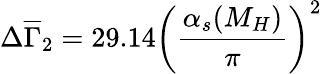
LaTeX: \Delta\overline{{{\Gamma}}}_{2}=29.14\bigg(\frac{\alpha_{s}(M_{H})}{\pi}\bigg)^{2}